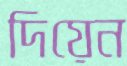
দিয়েন